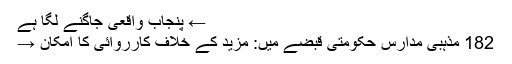
← پنجاب واقعی جاگنے لگا ہے
182 مذہبی مدارس حکومتی قبضے میں: مزید کے خلاف کارروائی کا امکان →